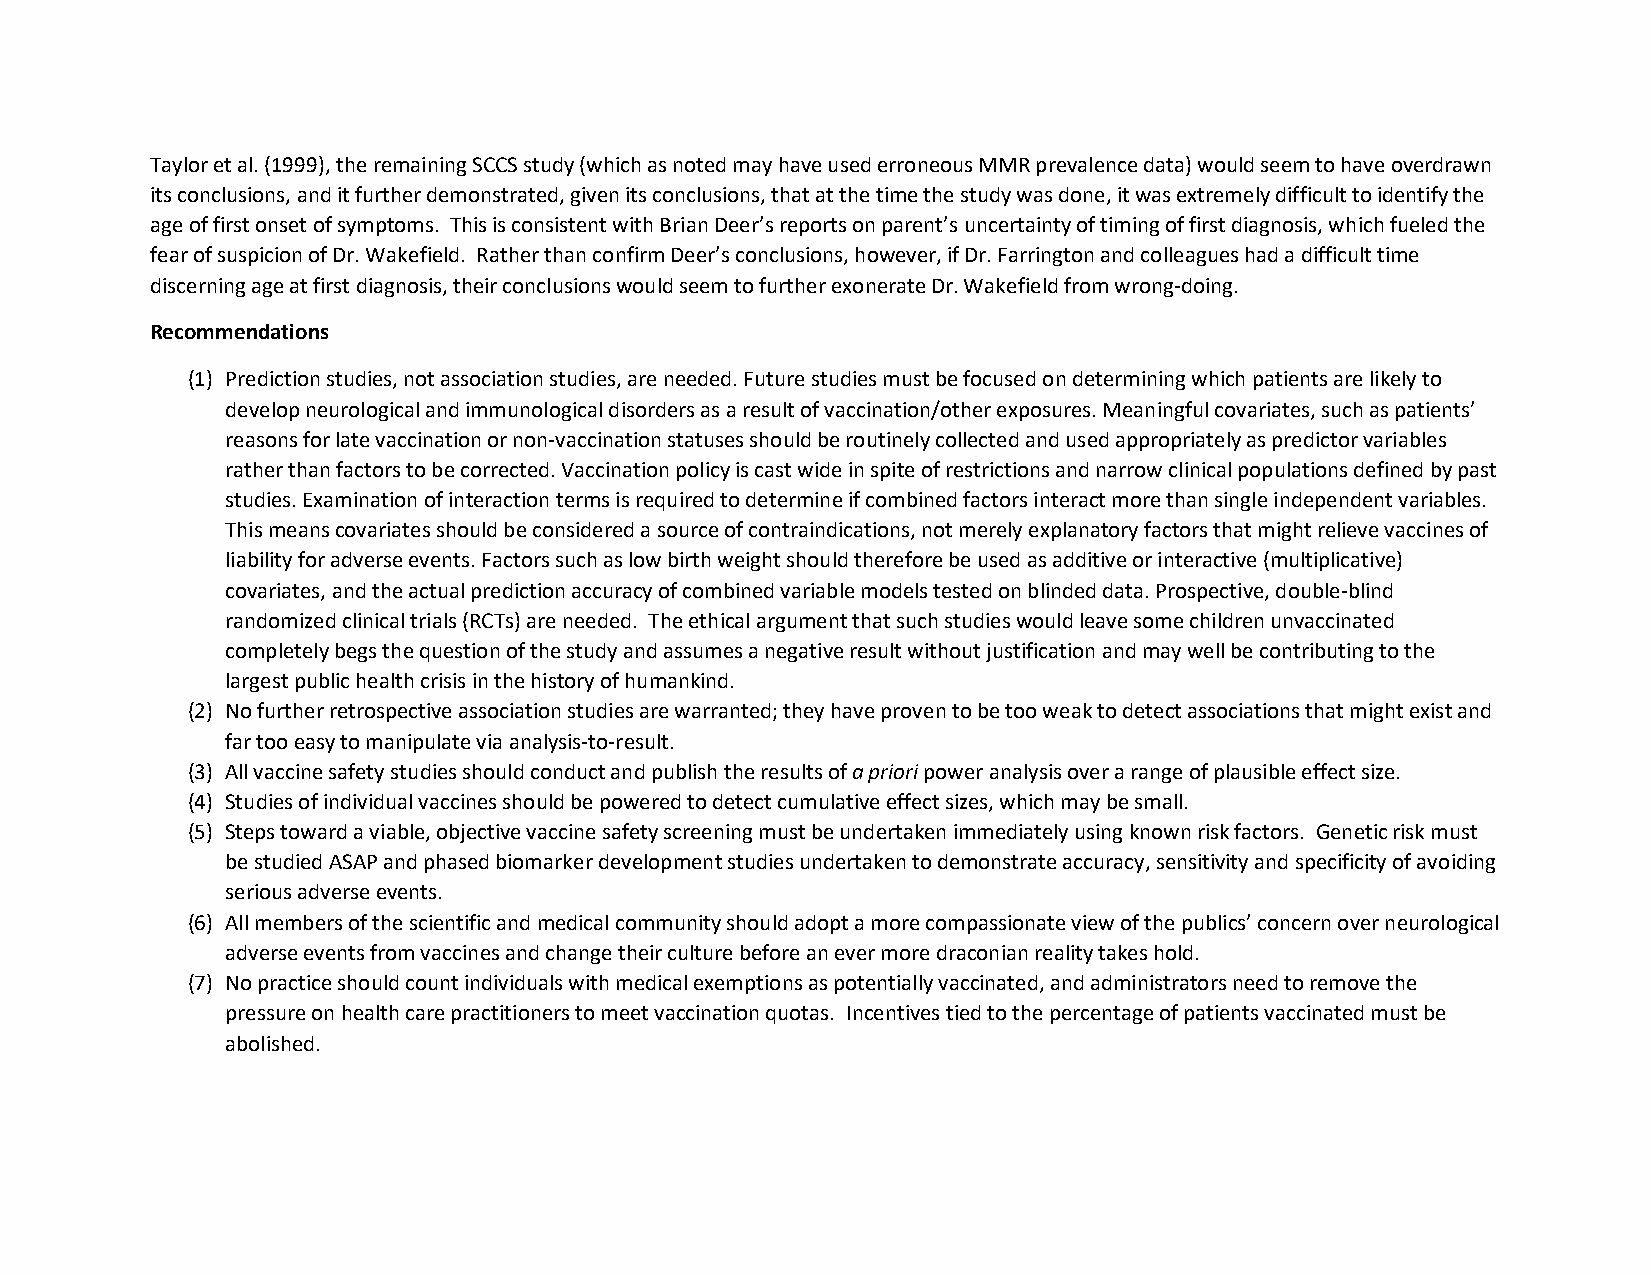
Taylor et al. (1999), the remaining SCCS study (which as noted may have used erroneous MMR prevalence data) would seem to have overdrawn
 its conclusions, and it further demonstrated, given its conclusions, that at the time the study was done, it was extremely difficult to identify the
 age of first onset of symptoms. This is consistent with Brian Deer’s reports on parent’s uncertainty of timing of first diagnosis, which fueled the
 fear of suspicion of Dr. Wakefield. Rather than confirm Deer’s conclusions, however, if Dr. Farrington and colleagues had a difficult time
 discerning age at first diagnosis, their conclusions would seem to further exonerate Dr. Wakefield from wrong-doing.
 Recommendations
 (1) Prediction studies, not association studies, are needed. Future studies must be focused on determining which patients are likely to
 develop neurological and immunological disorders as a result of vaccination/other exposures. Meaningful covariates, such as patients’
 reasons for late vaccination or non-vaccination statuses should be routinely collected and used appropriately as predictor variables
 rather than factors to be corrected. Vaccination policy is cast wide in spite of restrictions and narrow clinical populations defined by past
 studies. Examination of interaction terms is required to determine if combined factors interact more than single independent variables.
 This means covariates should be considered a source of contraindications, not merely explanatory factors that might relieve vaccines of
 liability for adverse events. Factors such as low birth weight should therefore be used as additive or interactive (multiplicative)
 covariates, and the actual prediction accuracy of combined variable models tested on blinded data. Prospective, double-blind
 randomized clinical trials (RCTs) are needed. The ethical argument that such studies would leave some children unvaccinated
 completely begs the question of the study and assumes a negative result without justification and may well be contributing to the
 largest public health crisis in the history of humankind.
 (2) No further retrospective association studies are warranted; they have proven to be too weak to detect associations that might exist and
 far too easy to manipulate via analysis-to-result.
 (3) All vaccine safety studies should conduct and publish the results of a priori power analysis over a range of plausible effect size.
 (4) Studies of individual vaccines should be powered to detect cumulative effect sizes, which may be small.
 (5) Steps toward a viable, objective vaccine safety screening must be undertaken immediately using known risk factors. Genetic risk must
 be studied ASAP and phased biomarker development studies undertaken to demonstrate accuracy, sensitivity and specificity of avoiding
 serious adverse events.
 (6) All members of the scientific and medical community should adopt a more compassionate view of the publics’ concern over neurological
 adverse events from vaccines and change their culture before an ever more draconian reality takes hold.
 (7) No practice should count individuals with medical exemptions as potentially vaccinated, and administrators need to remove the
 pressure on health care practitioners to meet vaccination quotas. Incentives tied to the percentage of patients vaccinated must be
 abolished.